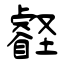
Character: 壡